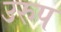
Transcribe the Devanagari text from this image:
उरुप